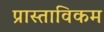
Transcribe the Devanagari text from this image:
प्रास्ताविकम